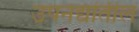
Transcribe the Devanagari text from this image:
उपनद्यांतील